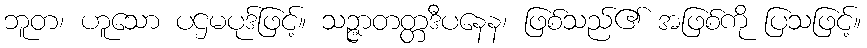
ဘူတ၊ ဟူသော ပဌမပုဒ်ဖြင့်။ သဉ္ဇာတတ္တဒီပနေန၊ ဖြစ်သည်၏ အဖြစ်ကို ပြသဖြင့်။